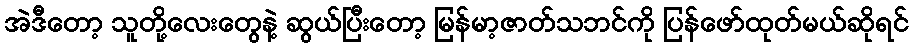
အဲဒီတော့ သူတို့လေးတွေနဲ့ ဆွယ်ပြီးတော့ မြန်မာ့ဇာတ်သဘင်ကို ပြန်ဖော်ထုတ်မယ်ဆိုရင်